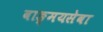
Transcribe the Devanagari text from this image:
वाङ्‌मयसेवा